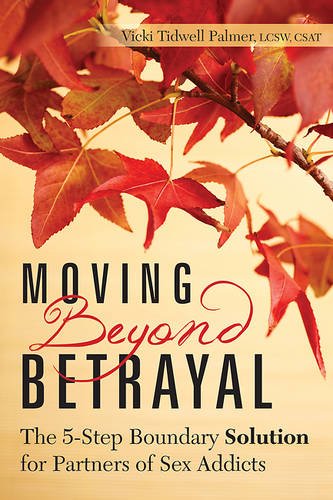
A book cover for Moving Beyond Betrayal: The 5-Step Boundary Solution for Partners of Sex Addicts; Vicki Tidwell Palmer; Health, Fitness & Dieting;